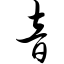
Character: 音